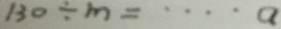
1 3 0 \div m = \cdots a